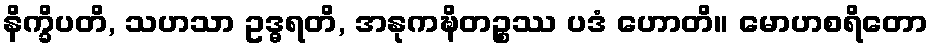
နိက္ခိပတိ, သဟသာ ဥဒ္ဓရတိ, အနုကဍ္ဎိတဉ္စဿ ပဒံ ဟောတိ။ မောဟစရိတော